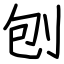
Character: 刨